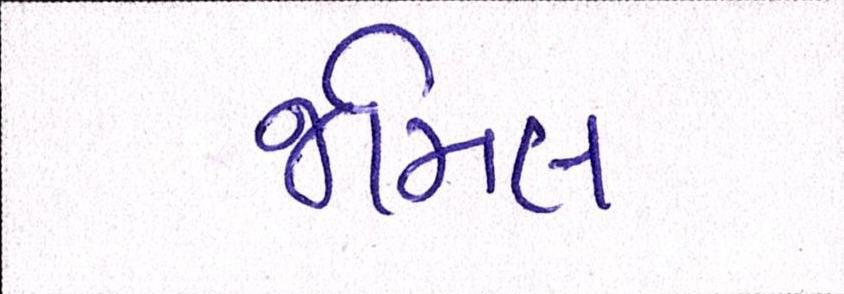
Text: જમિલ